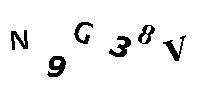
N9G38V